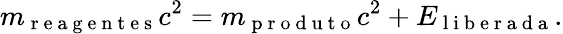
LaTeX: m_{\mathrm{~r~e~a~g~e~n~t~e~s~}}c^{2}=m_{\mathrm{~p~r~o~d~u~t~o~}}c^{2}+E_{\mathrm{~l~i~b~e~r~a~d~a~}}.